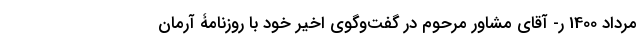
مرداد 1400 ر- آقای مشاور مرحوم در گفت‌و‌گوی اخیر خود با روزنامۀ آرمان